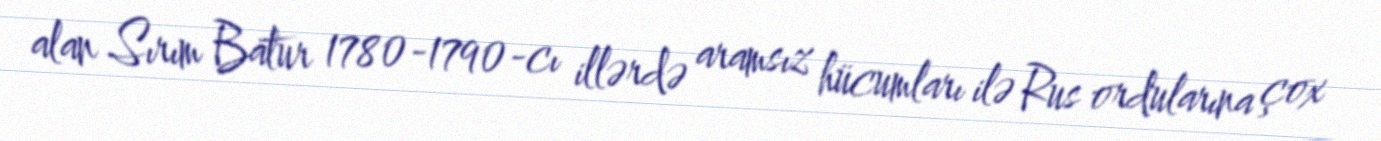
alan Sırım Batur 1780-1790-cı illərdə aramsız hücumları ilə Rus ordularına çox